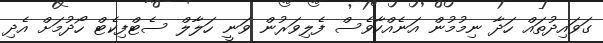
ގަވައިދުތައް ހަދާ ނިމުމުން އަނެއްކާވެސް ފެލިވަރުން ވަނީ ހަލާލް ސެޓްފިކެޓް ހޯދުމަށް އެދި